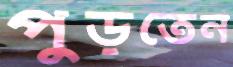
পুড়তেন